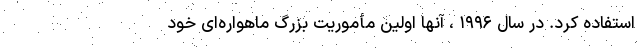
استفاده کرد. در سال ۱۹۹۶ ، آنها اولین مأموریت بزرگ ماهواره‌ای خود